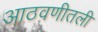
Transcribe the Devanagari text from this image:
आठवणीतली